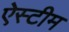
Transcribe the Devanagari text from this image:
ऐस्टीम